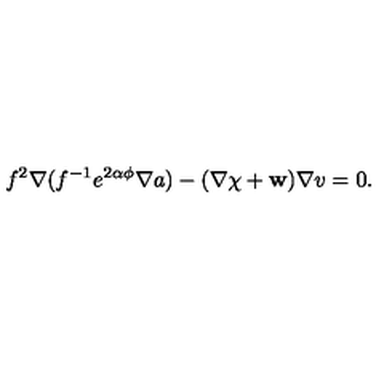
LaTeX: f ^ { 2 } \nabla ( f ^ { - 1 } e ^ { 2 \alpha \phi } \nabla a ) - ( \nabla \chi + { \bf w } ) \nabla v = 0 .